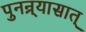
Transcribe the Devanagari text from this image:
पुनन्र्यासात्